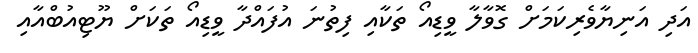
އަދި އަނިޔާވެރިކަމަށް ގޮވާލާ ވީޑިއޯ ތަކާއި ފިތުނަ އުފައްދާ ވީޑިއޯ ތަކަށް ޔޫޓިއުބްއާއި